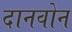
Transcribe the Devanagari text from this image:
दानवोन